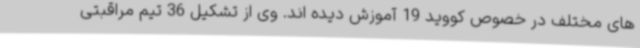
های مختلف در خصوص کووید 19 آموزش دیده اند. وی از تشکیل 36 تیم مراقبتی